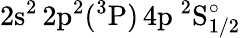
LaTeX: \mathrm{2s^{2}\, 2p^{2}(^{3}P)\, 4p~^{2}S_{1/2}^{\circ}}